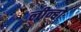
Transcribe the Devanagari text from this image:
लीन्हो